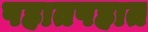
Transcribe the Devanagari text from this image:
पहातपहात